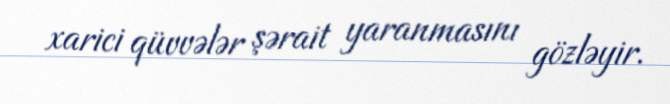
xarici qüvvələr şərait yaranmasını gözləyir.